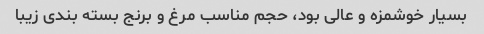
بسیار خوشمزه و عالی بود، حجم مناسب مرغ و برنج بسته بندی زیبا